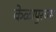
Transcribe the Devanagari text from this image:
केळापुरच्या